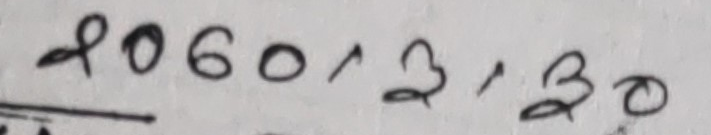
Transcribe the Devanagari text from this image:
२०६०,३,३०